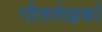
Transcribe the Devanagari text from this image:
गीतलेखकों